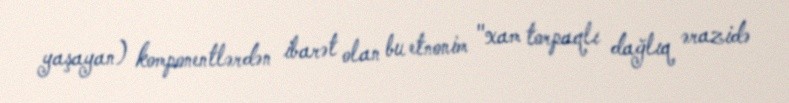
yaşayan) komponentlərdən ibarət olan bu etnonim "xam torpaqlı dağlıq ərazidə